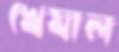
খেযাল